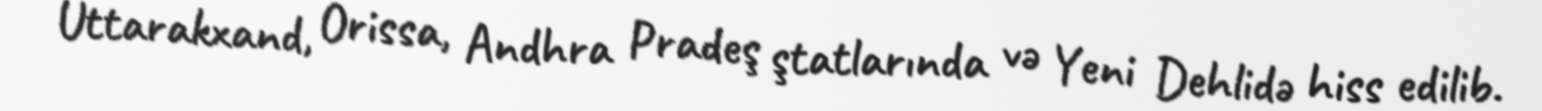
Uttarakxand, Orissa, Andhra Pradeş ştatlarında və Yeni Dehlidə hiss edilib.